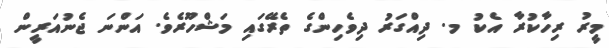
މީރު ރިހާކުރާ އެކު މ. ދިއްގަރު ދިވެހިންގެ ތެރޭގައި މަޝްހޫރެވެ. އަންނަ ޖެނުއަރީން